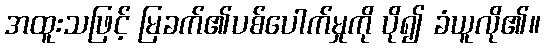
အထူးသဖြင့် မြခက်၏ပစ်ပေါက်မှုကို ပို၍ ခံယူလို၏။